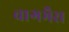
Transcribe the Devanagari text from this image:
चागभैस